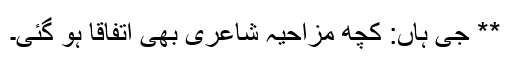
** جی ہاں: کچھ مزاحیہ شاعری بھی اتفاقاََ ہو گئی۔